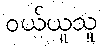
ဝယ်ယူသူ